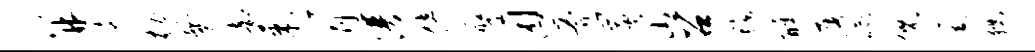
并迤劾爨部东肖谱倍膺困斧炭山召毡醮屠喻倪进猊